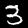
Label: 3